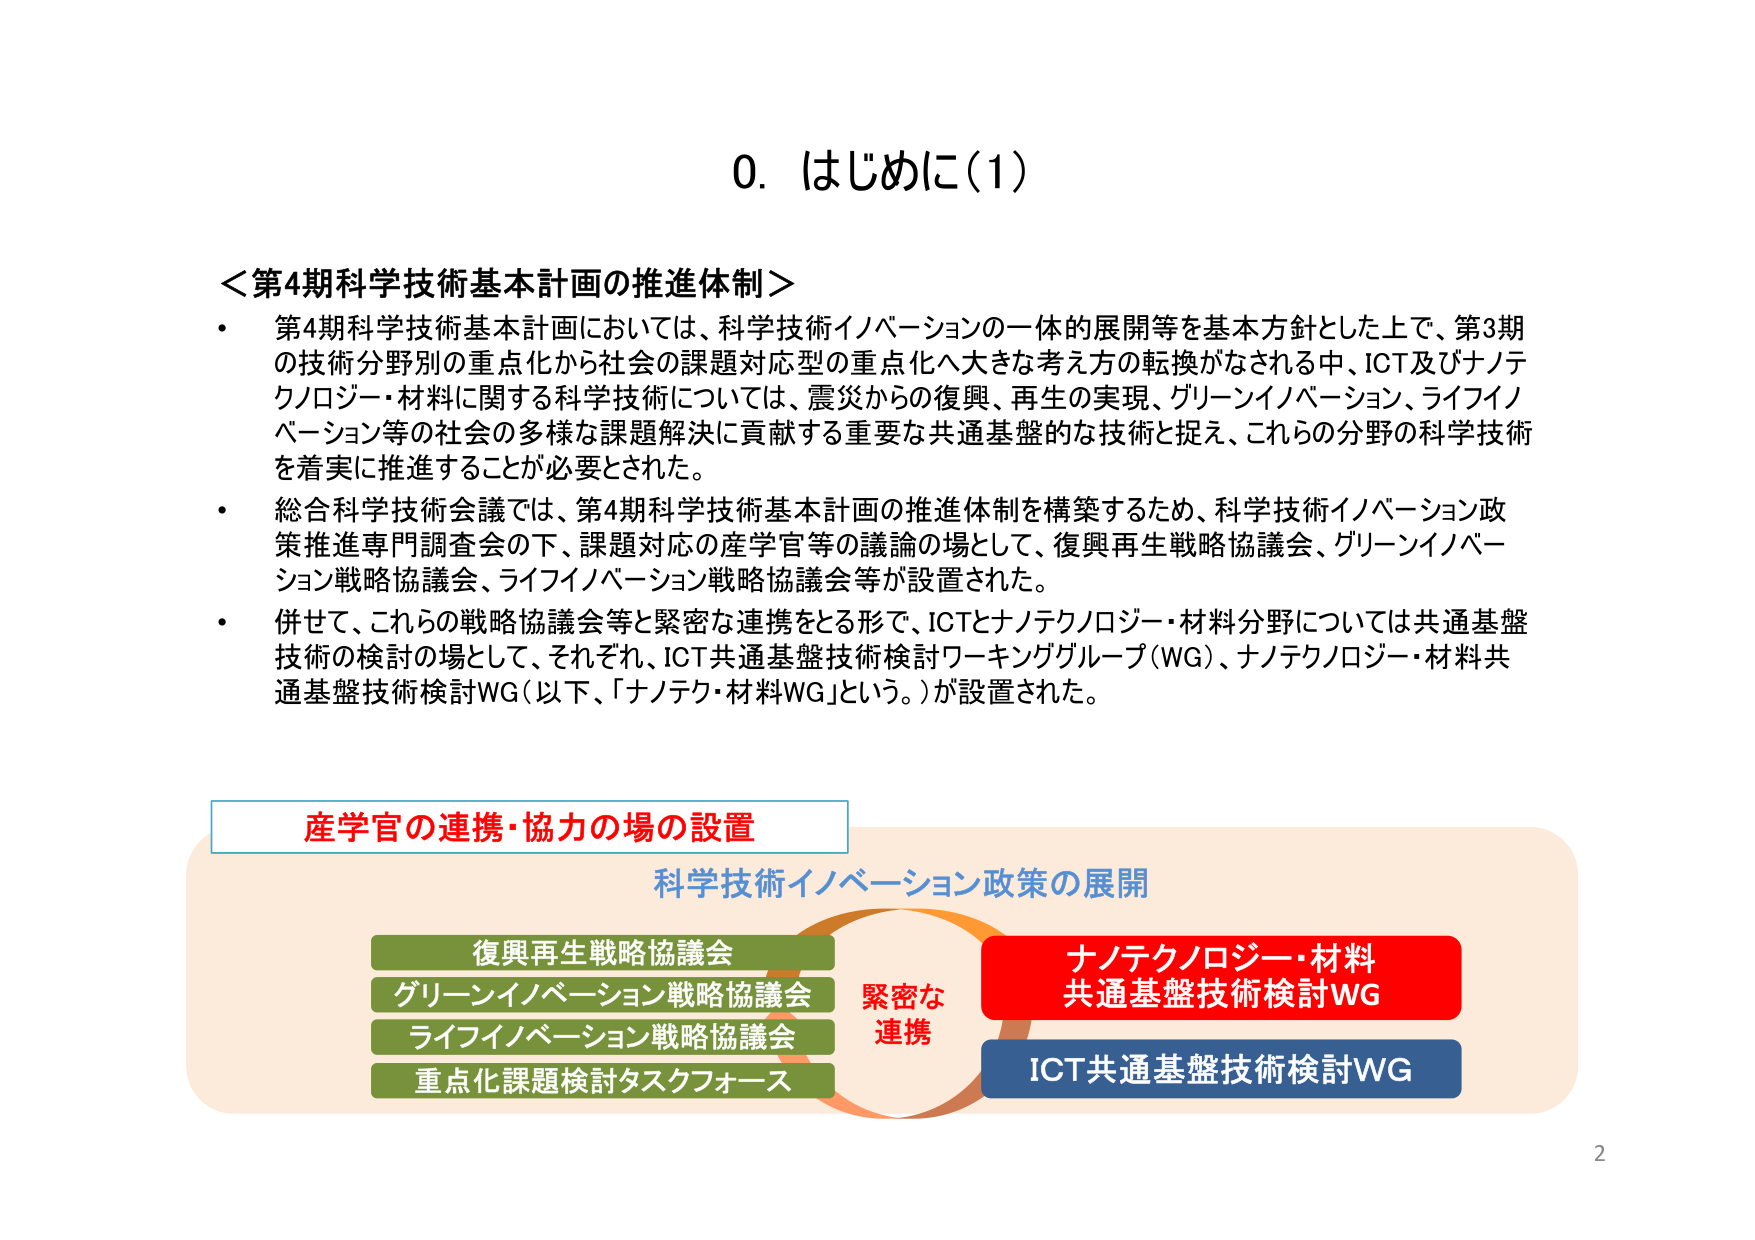
0. はじめに(1)

＜第4期科学技術基本計画の推進体制＞
・ 第4期科学技術基本計画においては、科学技術イノベーションの一体的展開等を基本方針とした上で、第3期の技術分野別の重点化から社会の課題対応型の重点化へ大きな考え方の転換がなされる中、ICT及びナノテクノロジー・材料に関する科学技術については、震災からの復興、再生の実現、グリーンイノベーション、ライフイノベーション等の社会の多様な課題解決に貢献する重要な共通基盤的な技術と捉え、これらの分野の科学技術を着実に推進することが必要とされた。
・ 総合科学技術会議では、第4期科学技術基本計画の推進体制を構築するため、科学技術イノベーション政策推進専門調査会の下、課題対応の産学官等の議論の場として、復興再生戦略協議会、グリーンイノベーション戦略協議会、ライフイノベーション戦略協議会等が設置された。
・ 併せて、これらの戦略協議会等と緊密な連携をとる形で、ICTとナノテクノロジー・材料分野については共通基盤技術の検討の場として、それぞれ、ICT共通基盤技術検討ワーキンググループ(WG)、ナノテクノロジー・材料共通基盤技術検討WG（以下、「ナノテク・材料WG」という。）が設置された。

産学官の連携・協力の場の設置
科学技術イノベーション政策の展開
復興再生戦略協議会
グリーンイノベーション戦略協議会
ライフイノベーション戦略協議会
重点化課題検討タスクフォース
緊密な連携
ナノテクノロジー・材料
共通基盤技術検討WG
ICT共通基盤技術検討WG

2